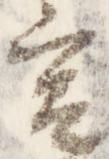
宮